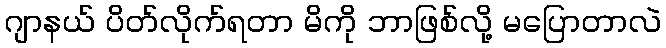
ဂျာနယ် ပိတ်လိုက်ရတာ မိကို ဘာဖြစ်လို့ မပြောတာလဲ